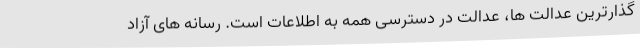
گذارترین عدالت ها، عدالت در دسترسی همه به اطلاعات است. رسانه های آزاد